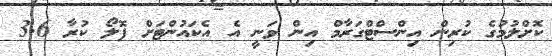
ކޮށްލުމުގެ ކުރިން އިންސްޓްގަރާމް އިން ވަނީ އެ އެކައުންޓަށް ފޮލޯ ކުރާ 3.6